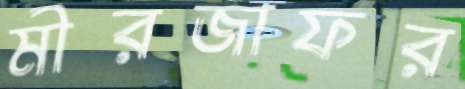
মীরজাফর